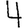
Digit: 4